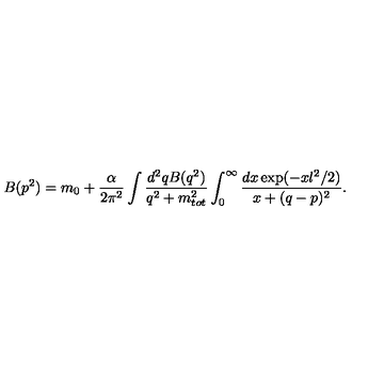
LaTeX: B ( p ^ { 2 } ) = m _ { 0 } + \frac { \alpha } { 2 \pi ^ { 2 } } \int \frac { d ^ { 2 } q B ( q ^ { 2 } ) } { q ^ { 2 } + m _ { t o t } ^ { 2 } } \int _ { 0 } ^ { \infty } \frac { d x \exp ( - x l ^ { 2 } / 2 ) } { x + ( q - p ) ^ { 2 } } .